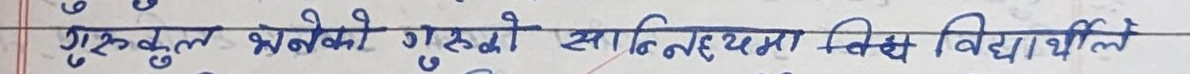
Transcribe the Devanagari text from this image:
गुरुकुल भनेको गृहस्थ साहित्यमा विक्षि विद्यार्थी